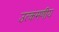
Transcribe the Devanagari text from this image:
उत्कमणीय